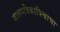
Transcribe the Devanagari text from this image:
जालपत्रिकाविश्वाचा